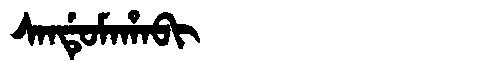
Manchu: ᠰᠠᠨᡩᡠᠮᠠᡥᠠᠪᡳ
Romanization: SANDUMAHABI